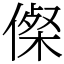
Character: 𠍇